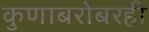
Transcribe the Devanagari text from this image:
कुणाबरोबरही